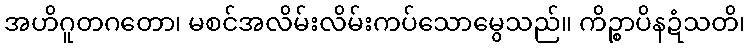
အဟိဂူတဂတော၊ မစင်အလိမ်းလိမ်းကပ်သောမွေသည်။ ကိဉ္စာပိနဍံသတိ၊